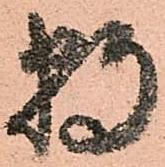
数